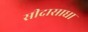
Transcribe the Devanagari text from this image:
सीदासाधा